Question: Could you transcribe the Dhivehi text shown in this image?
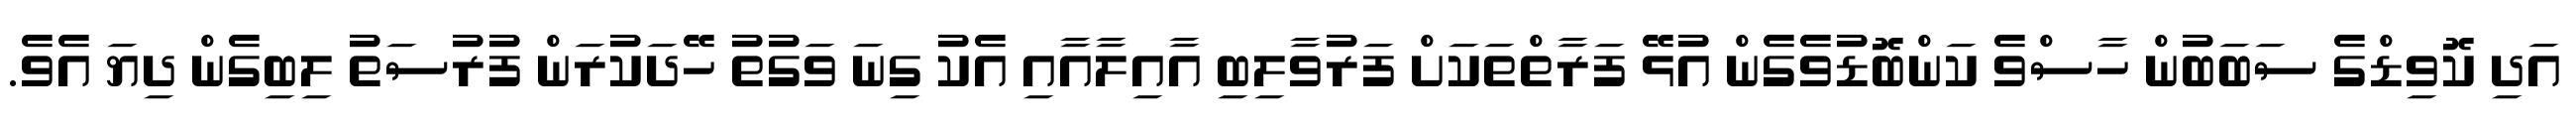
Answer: އަދި ކޮވިޑްގެ ސަބަބުން ހާސްވެ ކަންބޮޑުވެގެން އުޅޭ ފަރާތްތަކަށް ފަރުވާލިބި އާއިލާއާއި އެކު ގިނަ ވަގުތު ހޭދަކުރަން ފުރުސަތު ލިބިގެން ދިޔަ އެވެ.